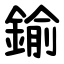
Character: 鍮